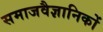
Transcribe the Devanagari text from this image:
समाजवैज्ञानिकों